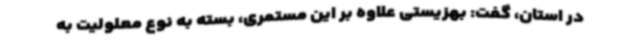
در استان، گفت: بهزیستی علاوه بر این مستمری، بسته به نوع معلولیت به